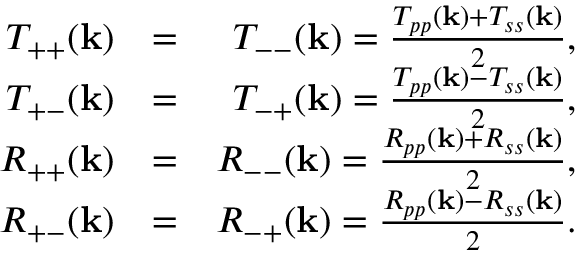
\begin{array} { r l r } { T _ { + + } ( { \bf k } ) } & { = } & { T _ { -- } ( { \bf k } ) = \frac { T _ { p p } ( { \bf k } ) + T _ { s s } ( { \bf k } ) } { 2 } , } \\ { T _ { + - } ( { \bf k } ) } & { = } & { T _ { - + } ( { \bf k } ) = \frac { T _ { p p } ( { \bf k } ) - T _ { s s } ( { \bf k } ) } { 2 } , } \\ { R _ { + + } ( { \bf k } ) } & { = } & { R _ { -- } ( { \bf k } ) = \frac { R _ { p p } ( { \bf k } ) + R _ { s s } ( { \bf k } ) } { 2 } , } \\ { R _ { + - } ( { \bf k } ) } & { = } & { R _ { - + } ( { \bf k } ) = \frac { R _ { p p } ( { \bf k } ) - R _ { s s } ( { \bf k } ) } { 2 } . } \end{array}